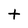
Character: t